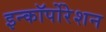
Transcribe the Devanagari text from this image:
इन्कॉर्पोरेशन